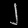
Digit: ၂